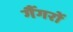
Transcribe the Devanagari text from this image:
गैंगरों